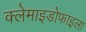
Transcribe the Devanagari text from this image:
क्लेमाइडोफाइला